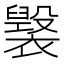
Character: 𧝷